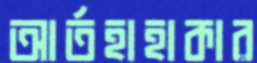
আর্তহাহাকার